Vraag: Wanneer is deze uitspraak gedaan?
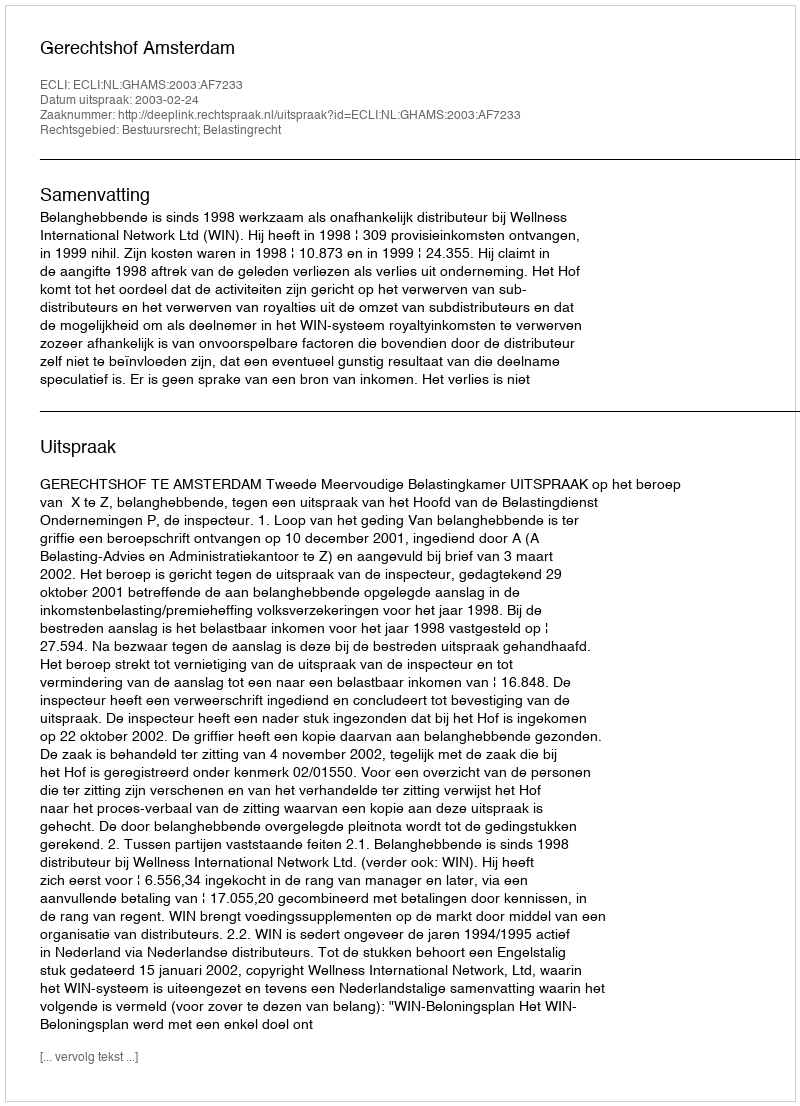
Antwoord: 2003-02-24